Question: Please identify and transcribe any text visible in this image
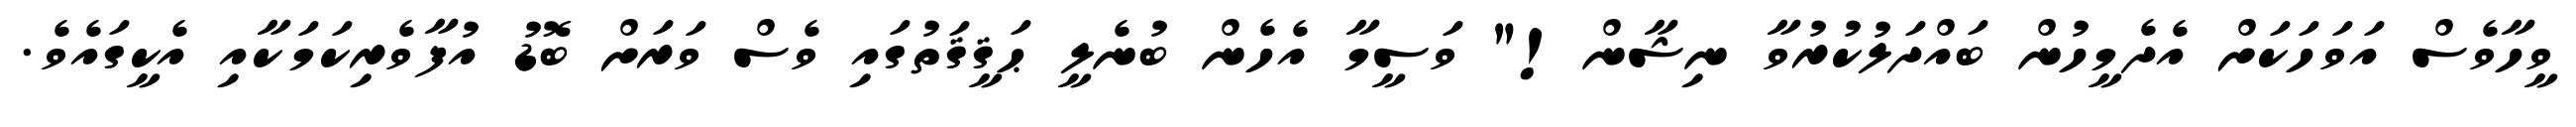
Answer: ވީހާވެސް އަވަހަކަށް އެދެމީހުން ބައްދަލުކުރުވާ ނިޝާން!" ވަސީމާ އެހެން ބުނެލީ ޙަޤީޤަތުގައި ވެސް ވަރަށް ބޮޑު އުފާވެރިކަމަކާއި އެކީގައެވެ.